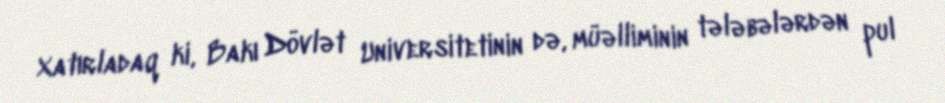
Xatırladaq ki, Bakı Dövlət Universitetinin də, müəlliminin tələbələrdən pul